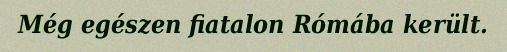
Még egészen fiatalon Rómába került.